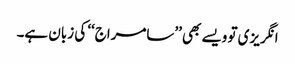
انگریزی تو ویسے بھی ’’سامراج‘‘ کی زبان ہے۔